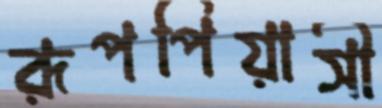
রূপপিয়াসী